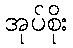
အုပ်စိုး